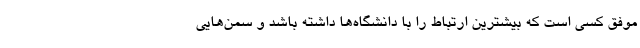
موفق کسی است که بیشترین ارتباط را با دانشگاه‌ها داشته باشد و سمن‌هایی